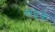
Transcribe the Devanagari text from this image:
बांडके